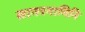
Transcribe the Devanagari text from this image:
सागरगामिनि